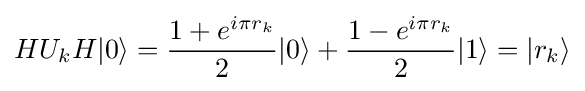
HU_{k}H|0\rangle ={\frac {1+e^{i\pi r_{k}}}{2}}|0\rangle +{\frac {1-e^{i\pi r_{k}}}{2}}|1\rangle =|r_{k}\rangle